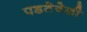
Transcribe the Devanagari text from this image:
पडतेवेळी